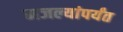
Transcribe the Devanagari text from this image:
मजल्यांपर्यंत